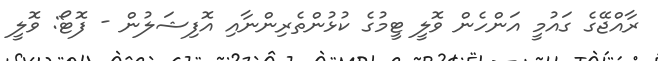
ރާއްޖޭގެ ގައުމީ އަންހެން ވޮލީ ޓީމުގެ ކުޅުންތެރިންނާއި އޮފިޝަލުން - ފޮޓޯ: ވޮލީ